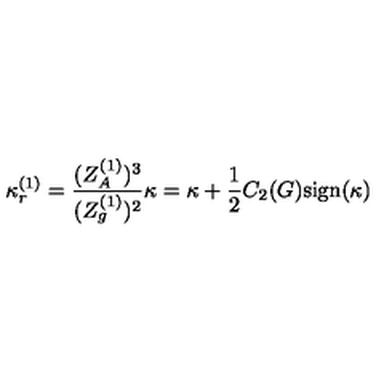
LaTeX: \kappa _ { r } ^ { ( 1 ) } = \frac { ( Z _ { A } ^ { ( 1 ) } ) ^ { 3 } } { ( Z _ { g } ^ { ( 1 ) } ) ^ { 2 } } \kappa = \kappa + \frac { 1 } { 2 } C _ { 2 } ( G ) \mathrm { s i g n } ( \kappa )